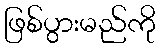
ဖြစ်ပွားမည်ကို